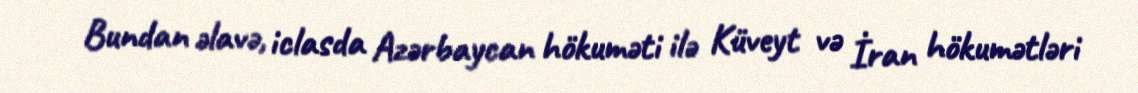
Bundan əlavə, iclasda Azərbaycan hökuməti ilə Küveyt və İran hökumətləri